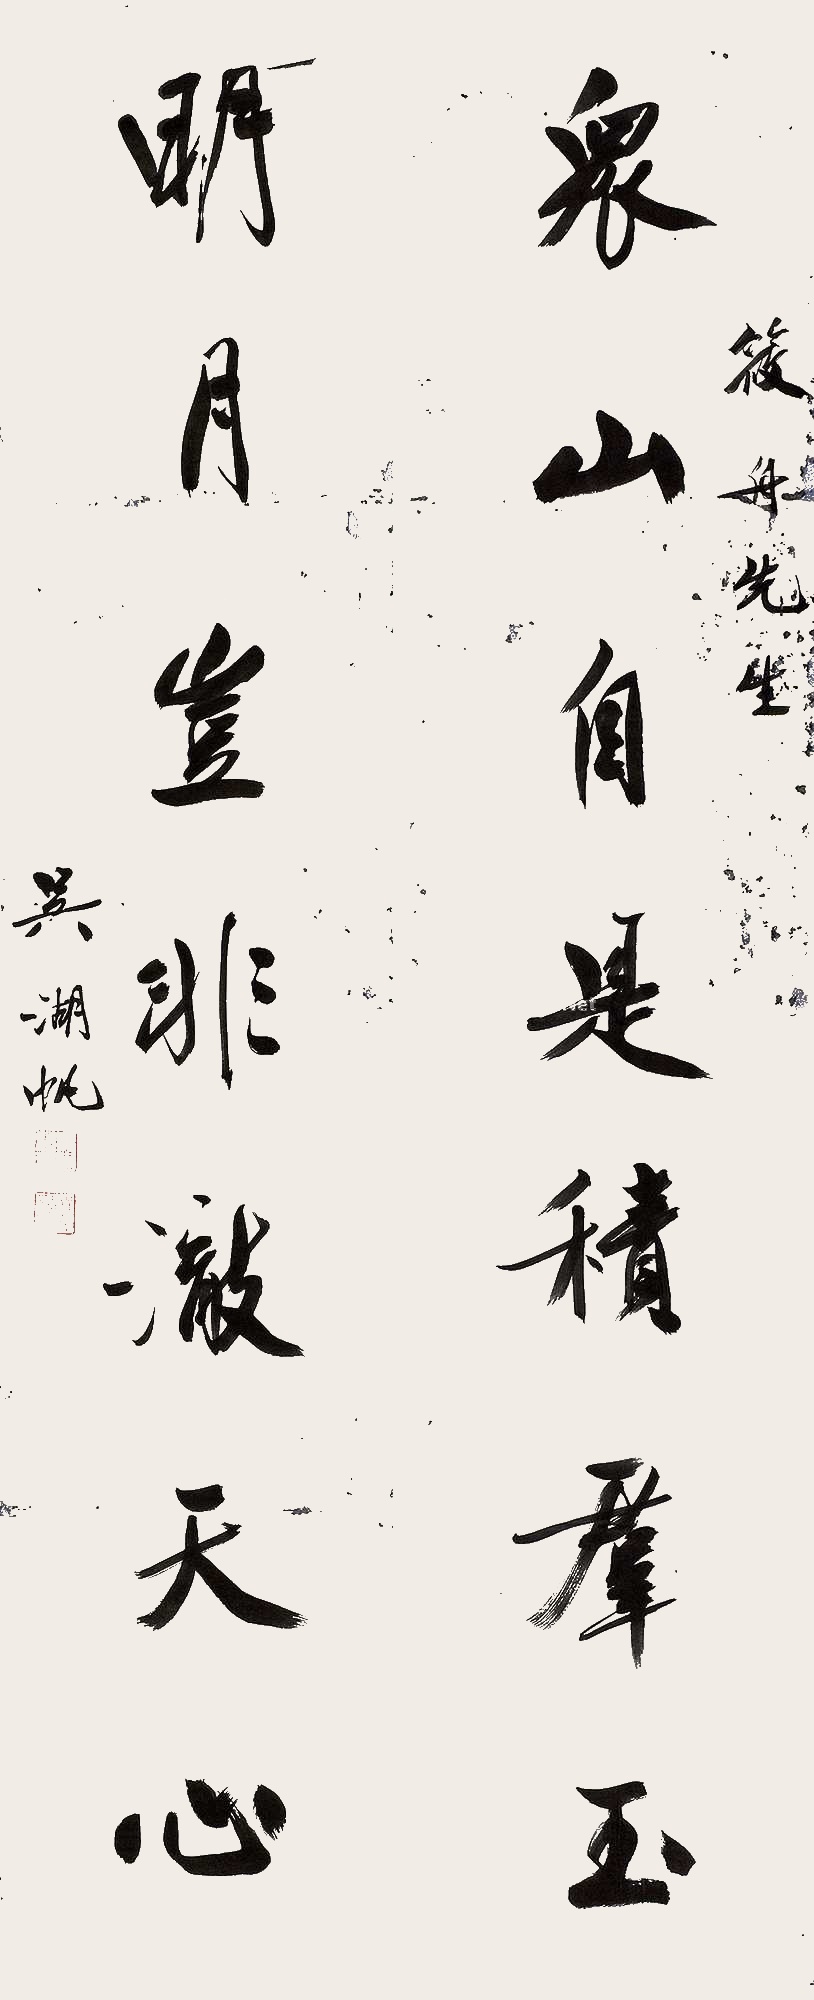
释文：众山自是积群玉，明月岂非澈天心。筱舟先生，吴湖帆。